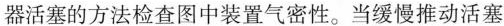
器活塞的方法检查图中装置气密性。当缓慢推动活塞